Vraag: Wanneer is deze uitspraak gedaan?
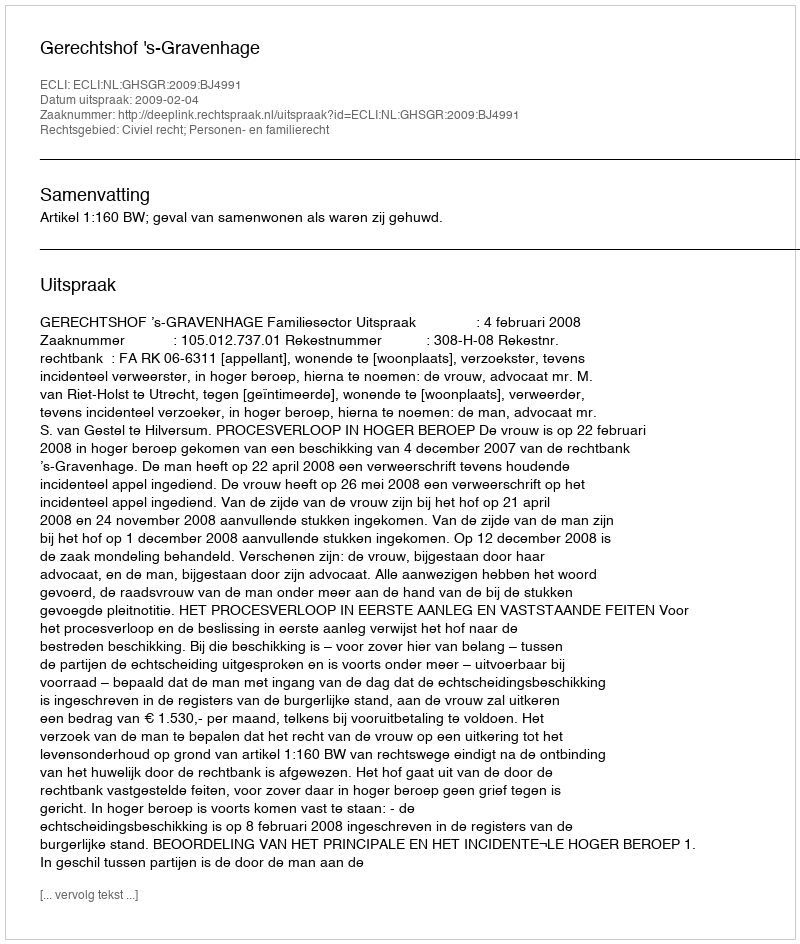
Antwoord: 2009-02-04